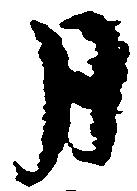
月